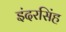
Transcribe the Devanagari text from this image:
इंदरसिंह